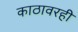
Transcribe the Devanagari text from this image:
काठावरही